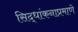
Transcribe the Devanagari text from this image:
सिद्धांकनाप्रमाणे